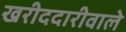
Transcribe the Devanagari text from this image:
खरीददारीवाले